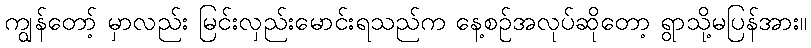
ကျွန်တော့် မှာလည်း မြင်းလှည်းမောင်းရသည်က နေ့စဉ်အလုပ်ဆိုတော့ ရွာသို့မပြန်အား။